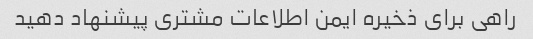
راهی برای ذخیره ایمن اطلاعات مشتری پیشنهاد دهید